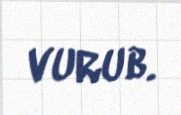
vurub.